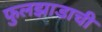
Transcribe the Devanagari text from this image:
फुलझाडाची